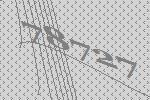
78727